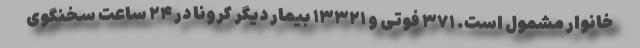
خانوار مشمول است. ۳۷۱ فوتی و ۱۳۳۲۱ بیمار دیگر کرونا در ۲۴ ساعت سخنگوی